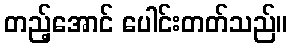
တည့်အောင် ပေါင်းတတ်သည်။